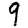
Digit: 9